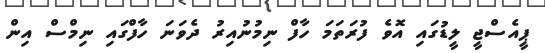
ޕީއެސްޖީ ލީޑުގައި އޮވެ ފުރަތަމަ ހާފް ނިމުނުއިރު ދެވަނަ ހާފްގައި ނިމްސް އިން